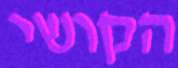
הקושי